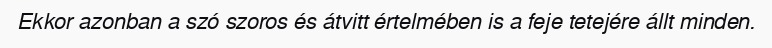
Ekkor azonban a szó szoros és átvitt értelmében is a feje tetejére állt minden.